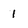
Character: 1